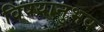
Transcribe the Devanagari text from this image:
विषयानुभव